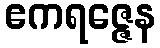
ဧကရဇ္ဇေန